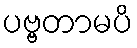
ပဗ္ဗတာမပိ